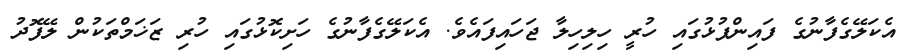
އެކަލޭގެފާނުގެ ފައިންޕުޅުގައި ހުރީ ހިލިހިލާ ޖަހައިފައެވެ. އެކަލޭގެފާނުގެ ހަށިކޮޅުގައި ހުރި ޒަޚަމްތަކުން ލޭފޮދު